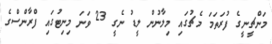
މަންޗީނީގެ ފުރަތަމަ މެޗުގައި މިލާނުން ލީޑު ނެގީ 23 ވަނަ މިނިޓުގައި ފްރާންސްގެ